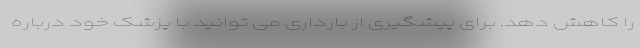
را کاهش دهد. برای پیشگیری از بارداری می توانید با پزشک خود درباره